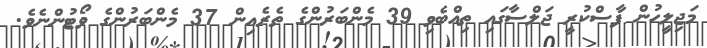
މަޖިލީހުން ފާސްކުރީ ޖަލްސާގައި ތިއްބެވި 39 މެންބަރުންގެ ތެރެއިން 37 މެންބަރުންގެ ވޯޓުންނެވެ.